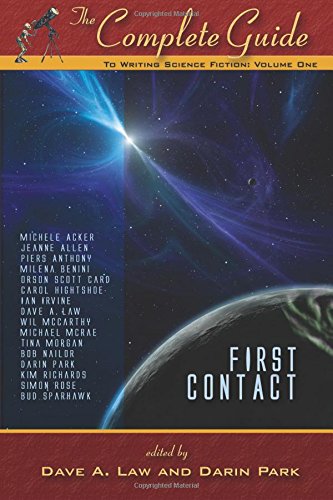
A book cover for The Complete Guide to Writing Science Fiction: Volume One - First Contact (The Complete Guide to Writing Series); Science Fiction & Fantasy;